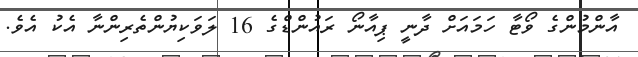
އާންމުންގެ ވޯޓާ ހަމައަށް ދާނީ ޕިއާނޯ ރައުންޑްގެ 16 ލަވަކިޔުންތެރިންނާ އެކު އެވެ.